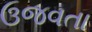
ઉજવતા